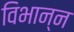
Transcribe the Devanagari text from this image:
विभान्न